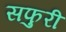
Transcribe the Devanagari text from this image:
सफुरी